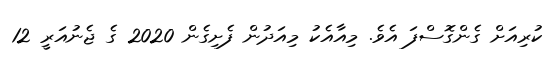
ކުރިއަށް ގެންގޮސްފަ އެވެ. މިއާއެކު މިއަދުން ފެށިގެން 2020 ގެ ޖެނުއަރީ 12